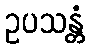
ဥပသန္တံ